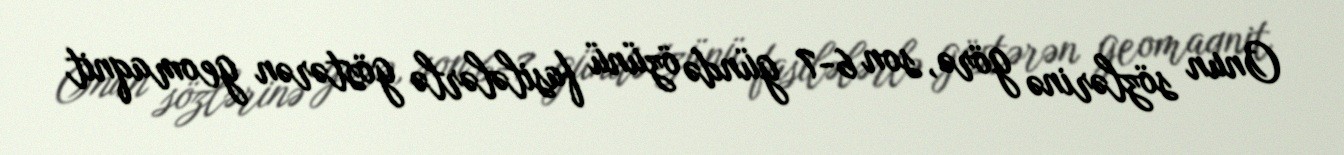
Onun sözlərinə görə, son 6-7 gündə özünü fasilələrlə göstərən geomaqnit